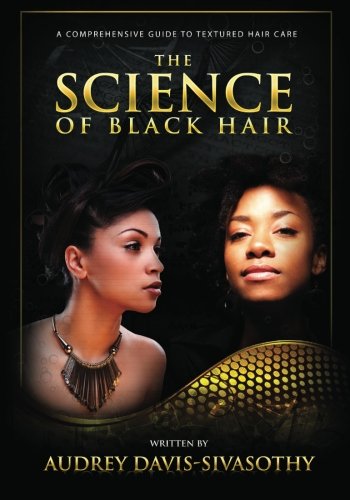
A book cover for The Science of Black Hair: A Comprehensive Guide to Textured Hair Care; Audrey Davis-Sivasothy; Health, Fitness & Dieting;